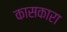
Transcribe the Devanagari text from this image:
कासकारा